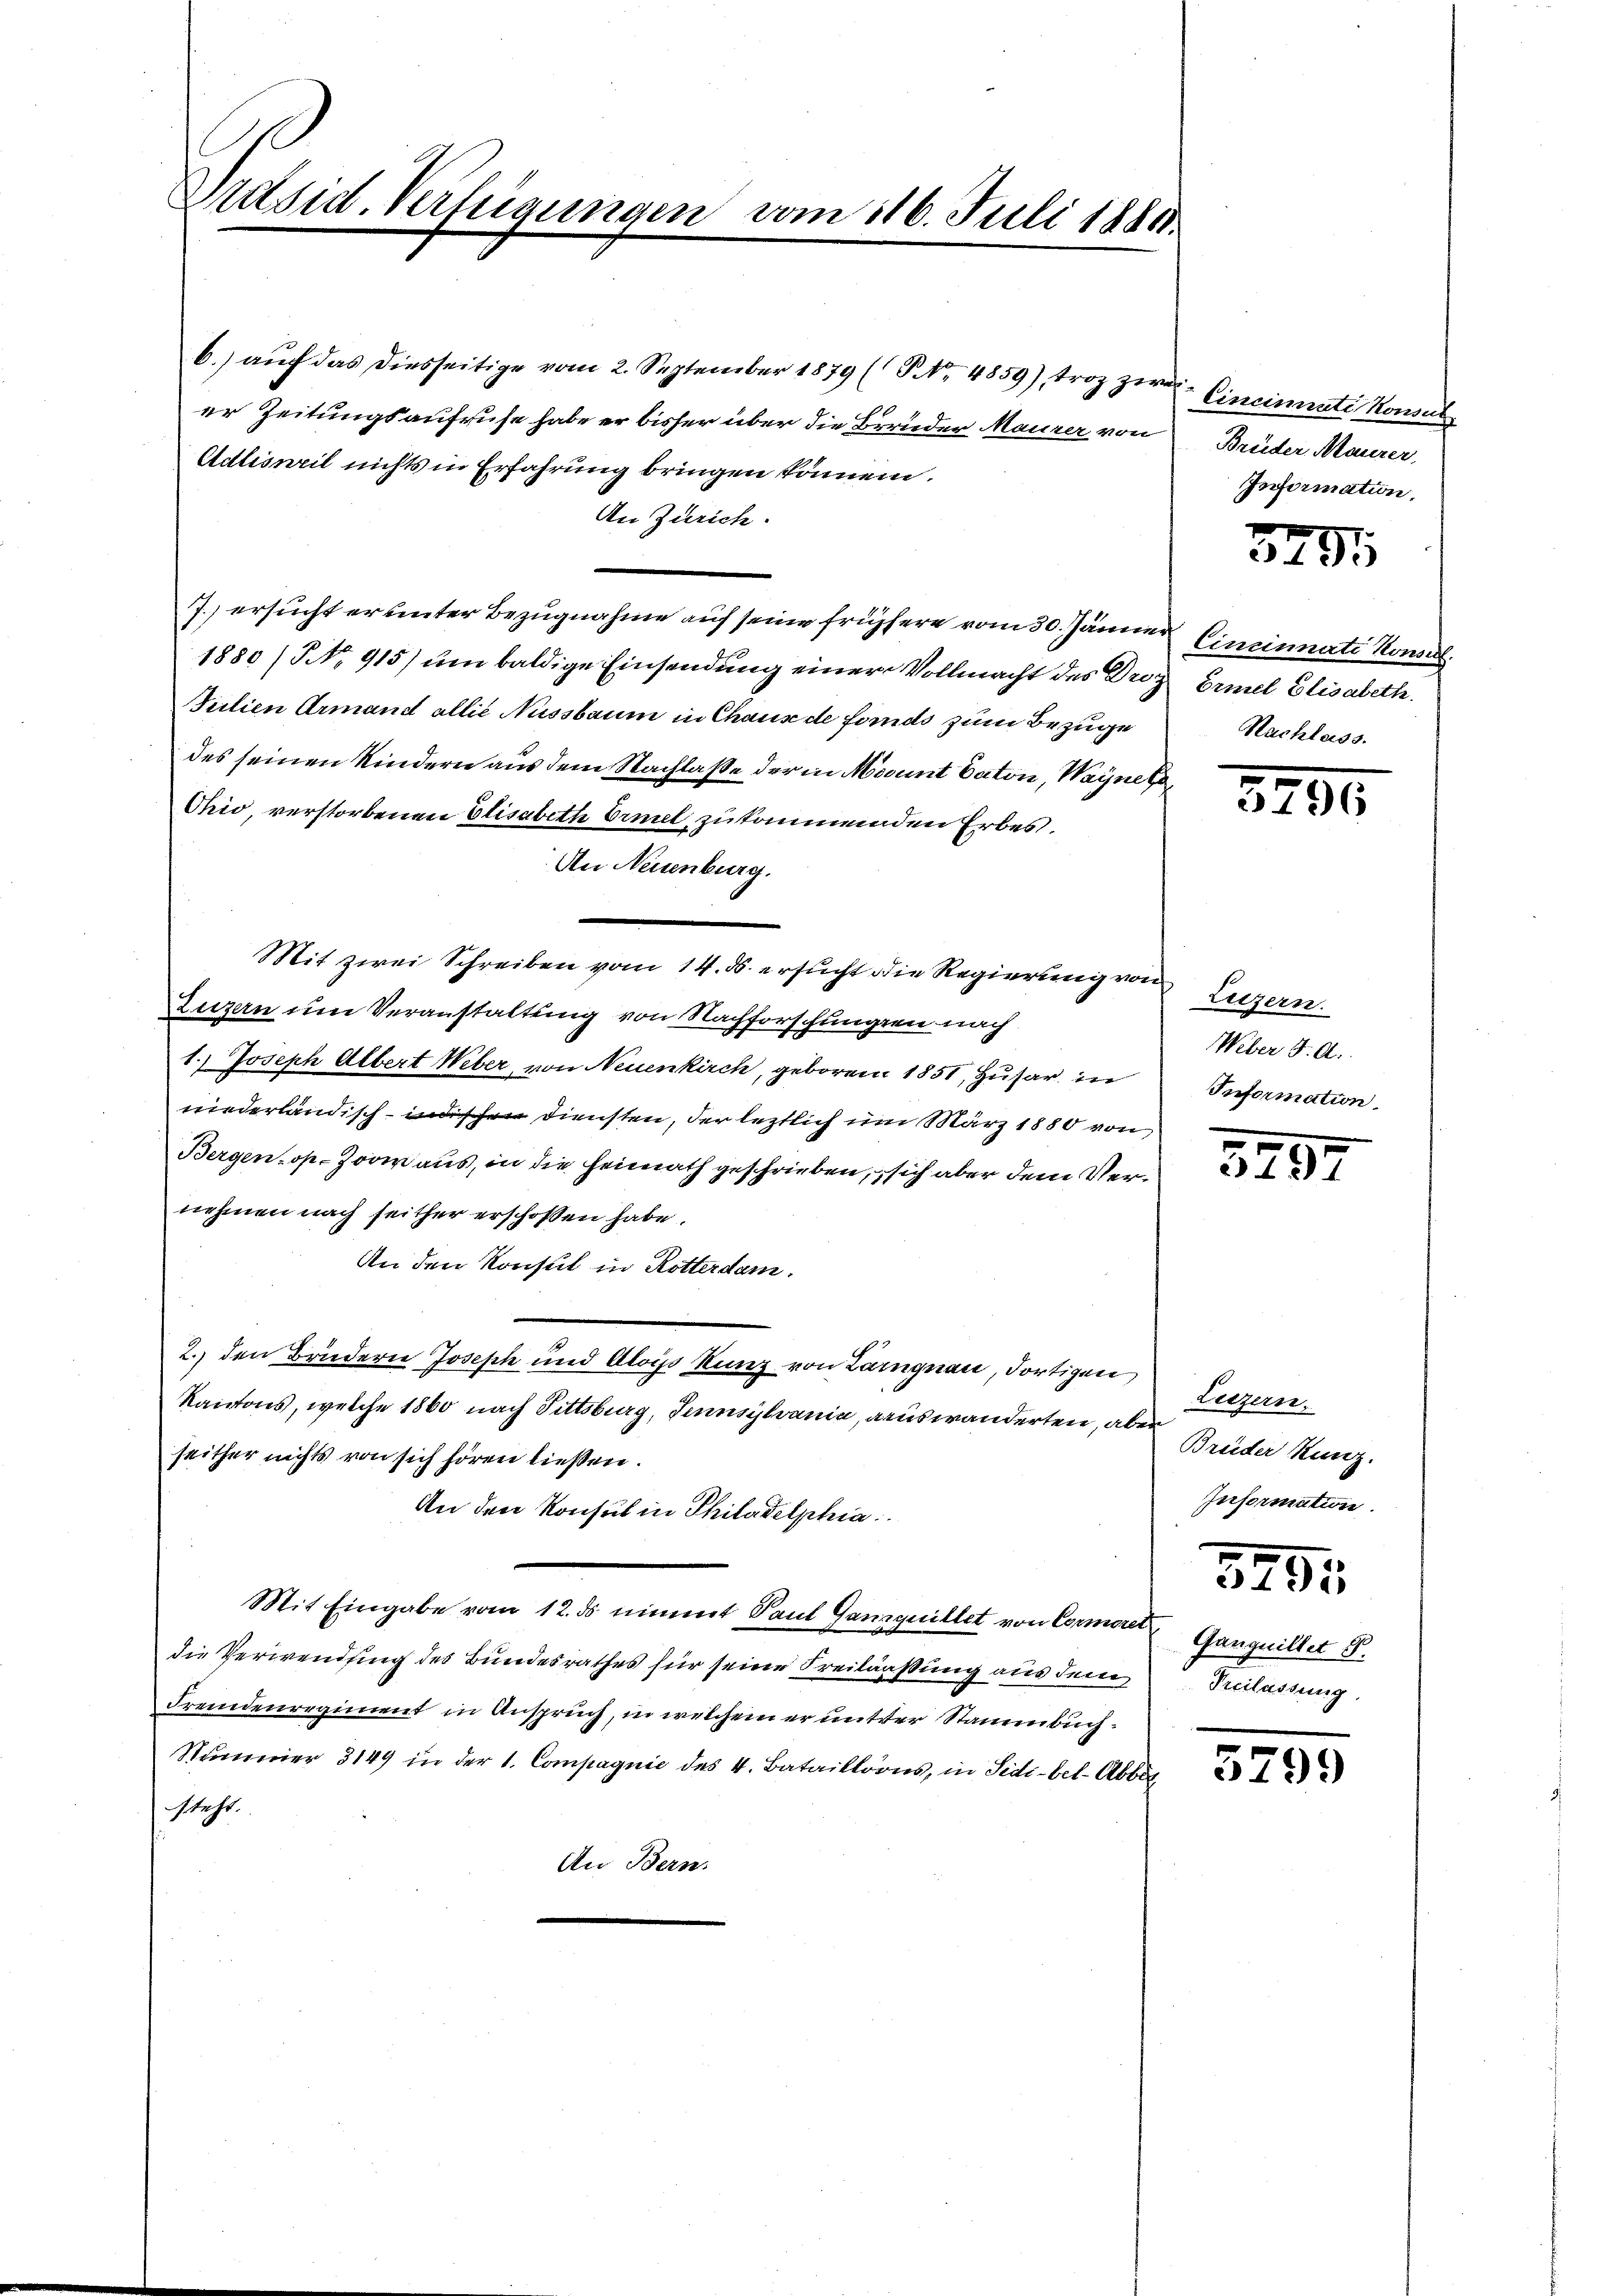
6.) auf das diesseitige vom 2. September 1879 (S. Nr. 4859), troz zur Einsinuaté Konse
er Zeitungsaufruhe habe er bisher über die Brüder Maurer von
Adlisweil nichts in Erfahrung bringen können.
An Zürich.
7.) ersucht er unter Bezugnahme auf seine frühere vom 30. Jänner Cincinnate Rom.
1880 /NNo. 915) um baldige Einsendung einer Vollmacht des Droz. Ermel Elisabeth
Julien Armand allié Nussbaum in Chause de fornds zum Bezuge
des seinen Kindern aus dem Nachlaße der in Mount Caton, Wagne so¬
Ohio, verstorbenen Elisabeth briet zu kommenden Erbes.
An Neuenburg.
Mit zwei Schreiben vom 14. ds. ersucht die Regierung von Luzern
Luzern um Veranstaltung von Nachforschungen nach
1.) Joseph Albert Weber, von Neuenkirch, geboren 1851, Zusar in
niederländisch - in diensten, der leztlich im März 1880 von
Bergenos- Zorn aus, in die Heimath geschrieben, sich aber dem Vernehmen nach seither erschossen habe.
An den Konsul in Rotterdam.
2. den Brüdern Joseph und Alois Kunz von Langnau, dortigen
Kantons, welche 1860 nach Fittsburg, Sennsylranie, auswanderten, aber
seither nichts von sich hören ließen.
An den Konsul in Philadelphia
Mit Eingabe vom 12. ds nimmt Paul Ganzquillet von Cormere Ganguillet S.
die Verwendung des Bundesrathes für seine Freilaaßung aus dem Treilassung,
Fremdenregiment in Anspruch, in welchem er mitter Stammbuch¬
Nummer 3149 in der 1. Compagnie des 4. Bataillons, in Sidi-bel-Abte
steht.
An Bern.

Präsid. Versammann vom 116. Juli 1881.

Brüder Maurer,
Information.

379

Nachlass.

3255

Weber d. A.
Information.

397

Luzern.
Breeder Kunz.
Information.
5291

5799